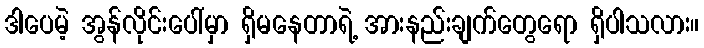
ဒါပေမဲ့ အွန်လိုင်းပေါ်မှာ ရှိမနေတာရဲ့ အားနည်းချက်တွေရော ရှိပါသလား။